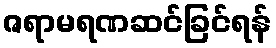
ဇရာမရဏဆင်ခြင်ရန်